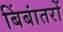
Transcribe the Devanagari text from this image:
बिंबांतरों